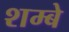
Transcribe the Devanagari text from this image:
शम्बे